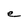
Character: e